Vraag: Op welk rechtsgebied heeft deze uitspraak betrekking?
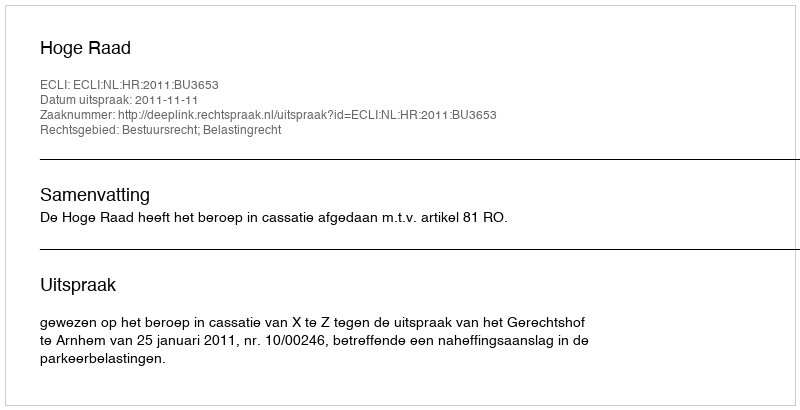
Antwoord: Bestuursrecht; Belastingrecht